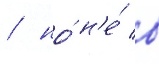
/ но́ н'е́ в